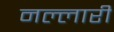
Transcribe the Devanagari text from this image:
नल्लारी